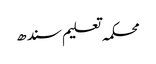
محکمہ تعلیم سندھ